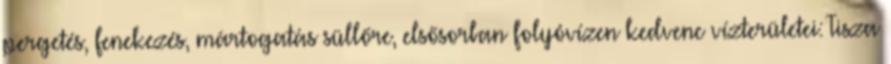
pergetés, fenekezés, mártogatás süllőre, elsősorban folyóvízen kedvenc vízterületei: Tisza